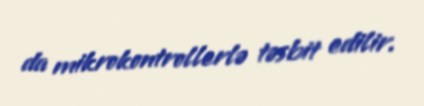
da mikrokontrollerlə təsbit edilir.